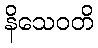
နိသေဝတိ